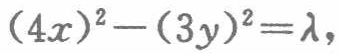
\((4x)^{2}-(3y)^{2}=\lambda\)